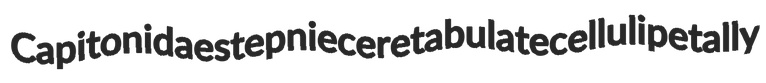
Capitonidae stepniece retabulate cellulipetally